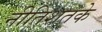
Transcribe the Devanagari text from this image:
नीतिशतके